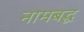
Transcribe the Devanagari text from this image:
नामबद्ध